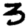
Digit: 3